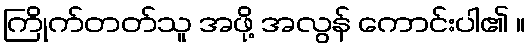
ကြိုက်တတ်သူ အဖို့ အလွန် ကောင်းပါ၏ ။